system: You are a helpful assistant.
user:
Analyze the provided spectrum to determine if it is a **White Dwarf (WD)**.

A White Dwarf spectrum is defined by its **extreme purity** (due to gravitational settling) and/or **extreme pressure broadening** (due to high surface gravity). You must check for one of the following mutually exclusive signatures:

- **Key Visual Indicators (Check for ONE of these types):**

    - **1. DA-Type Signature (Most Common):**
        - **(Primary Feature):** Extreme pressure broadening (Stark broadening) of the **Hydrogen (H) Balmer lines**.
        - **(Key Lines):** $H\beta$ (approx. $4861$ Å) and $H\gamma$ (approx. $4340$ Å). $H\alpha$ (approx. $6563$ Å) will also be present if the wavelength range covers it.
        - **(Line Profile):** This is the **defining feature**. The lines are **NOT** sharp. They appear as massive, **extremely broad and deep "troughs" or "dips"** in the spectrum, often hundreds of Ångströms wide. The continuum will appear to "scoop" down at these wavelengths.
        - **(Distinction):** Normal A-type or B-type stars have *narrow* and *sharp* Hydrogen lines. A DA White Dwarf's lines are unmistakably "smeared" or "blurry" from pressure.

    - **2. DB-Type Signature:**
        - **(Primary Feature):** Broad absorption lines from **Neutral Helium (He I)**. The spectrum must lack any visible Hydrogen lines.
        - **(Key Lines):** Look for broad absorption near $4471$ Å, $4921$ Å, and $5876$ Å.
        - **(Line Profile):** These lines are also significantly pressure-broadened, appearing much wider than they would in a normal B-type main-sequence star.

    - **3. DC-Type Signature:**
        - **(Primary Feature):** A **featureless continuous spectrum**.
        - **(Line Profile):** The spectrum is a smooth curve with **no significant absorption or emission lines**.
        - **(Key Confirmation):** The continuum is almost always **blue or white**, indicating a hot object. This signature implies the atmosphere is so pure (or so cool) that no spectral lines are visible in the optical range. Its WD identity is confirmed by its extremely low intrinsic brightness (high absolute magnitude).

    - **4. DZ-Type Signature (Metal-Polluted):**
        - **(Primary Feature):** **Isolated, narrow metal absorption lines** on an otherwise featureless (DC-like) continuum.
        - **(Key Lines):** The **Calcium (Ca II) H & K doublet** (approx. **$3934$ Å** and **$3968$ Å**) is the most common and defining feature.
        - **(Line Profile):** These lines are "out of place." They are *not* part of a "forest" of thousands of lines. This signature is evidence of recent *accretion* (pollution) from rocky debris.
        - **(Distinction):** Normal G/K/M stars have a *dense forest* of thousands of metal lines. A DZ has a *clean* continuum with *only a few* strong metal lines.

    - **5. DQ-Type Signature (Carbon-Polluted):**
        - **(Primary Feature):** Absorption bands from **Carbon (C₂ "Swan Bands" or atomic C I)**.
        - **(Key Lines - C₂):** Look for bandheads with a "saw-tooth" shape near $5635$ Å, **$5165$ Å** (strongest), and $4737$ Å.
        - **(Key Confirmation):** The underlying **continuum must be blue or white** (hot).
        - **(Distinction):** This is the critical difference from a **Carbon Star**, which has the *exact same* C₂ bands but on an extremely **red, cool** continuum.

- **(Overall Spectrum):**
    - The continuum (overall shape) is typically **blue-sloping** (brighter in the blue than the red), as most white dwarfs are very hot.
    - The spectrum will look "pure" or "simple," dominated by only *one* of the five signatures listed above.

Think first, call **spectral_visualization_tool** if needed to examine features in detail, then provide your final answer. Your response must adhere to the following strict rules:
1.  **Overall Structure:** Your response must follow the format `<think>...</think> <tool_call>...</tool_call> (if a tool is used) <answer>...</answer>`.
2.  **Tool Usage Constraint:** You may only make **one** tool call per turn.
3.  **Final Answer Format:** In the `<answer>` tag, your conclusion must be inside a `\boxed{}` command (e.g., `\boxed{YES}` or `\boxed{NO}`), followed by your justification.

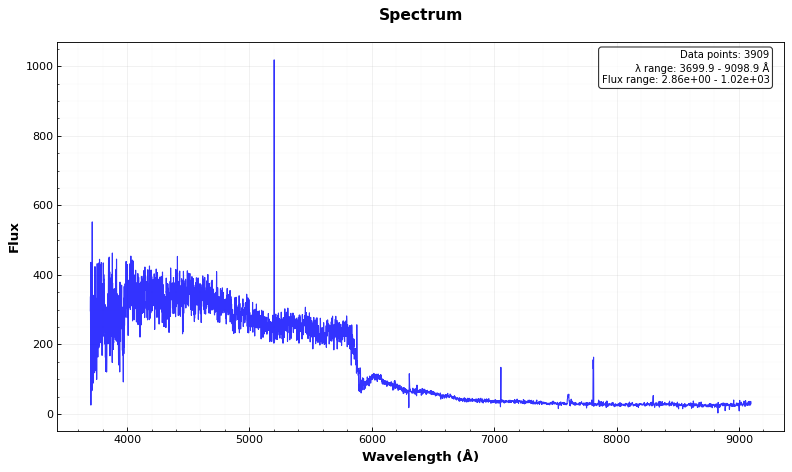
Answer: NO